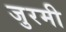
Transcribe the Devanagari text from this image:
जुरमी